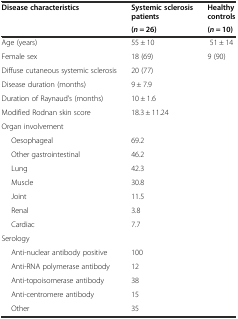
<table><thead><tr><td><b>Disease characteristics</b></td><td><b>Systemic sclerosis patients</b></td><td><b>Healthy controls</b></td></tr><tr><td></td><td><b>(<i>n</i> = 26)</b></td><td><b>(<i>n</i> = 10)</b></td></tr></thead><tbody><tr><td>Age (years)</td><td>55 ± 10</td><td>51 ± 14</td></tr><tr><td>Female sex</td><td>18 (69)</td><td>9 (90)</td></tr><tr><td>Diffuse cutaneous systemic sclerosis</td><td>20 (77)</td><td></td></tr><tr><td>Disease duration (months)</td><td>9 ± 7.9</td><td></td></tr><tr><td>Duration of Raynaud’s (months)</td><td>10 ± 1.6</td><td></td></tr><tr><td>Modified Rodnan skin score</td><td>18.3 ± 11.24</td><td></td></tr><tr><td>Organ involvement</td><td></td><td></td></tr><tr><td>Oesophageal</td><td>69.2</td><td></td></tr><tr><td>Other gastrointestinal</td><td>46.2</td><td></td></tr><tr><td>Lung</td><td>42.3</td><td></td></tr><tr><td>Muscle</td><td>30.8</td><td></td></tr><tr><td>Joint</td><td>11.5</td><td></td></tr><tr><td>Renal</td><td>3.8</td><td></td></tr><tr><td>Cardiac</td><td>7.7</td><td></td></tr><tr><td>Serology</td><td></td><td></td></tr><tr><td>Anti-nuclear antibody positive</td><td>100</td><td></td></tr><tr><td>Anti-RNA polymerase antibody</td><td>12</td><td></td></tr><tr><td>Anti-topoisomerase antibody</td><td>38</td><td></td></tr><tr><td>Anti-centromere antibody</td><td>15</td><td></td></tr><tr><td>Other</td><td>35</td><td></td></tr></tbody></table>